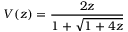
V ( z ) = { \frac { 2 z } { 1 + { \sqrt { 1 + 4 z } } } }